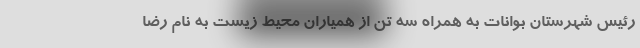
رئیس شهرستان بوانات به همراه سه تن از همیاران محیط زیست به نام رضا